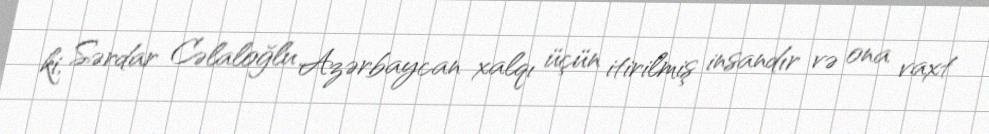
ki, Sərdar Cəlaloğlu Azərbaycan xalqı üçün itirilmiş insandır və ona vaxt